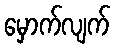
မှောက်လျက်